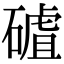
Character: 𥕑